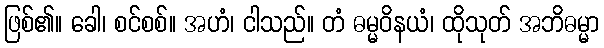
ဖြစ်၏။ ခေါ၊ စင်စစ်။ အဟံ၊ ငါသည်။ တံ ဓမ္မဝိနယံ၊ ထိုသုတ် အဘိဓမ္မာ